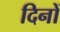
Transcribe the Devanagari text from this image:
दिनों